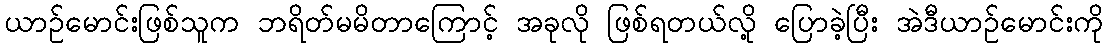
ယာဉ်မောင်းဖြစ်သူက ဘရိတ်မမိတာကြောင့် အခုလို ဖြစ်ရတယ်လို့ ပြောခဲ့ပြီး အဲဒီယာဉ်မောင်းကို